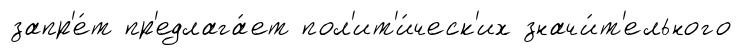
запр'е́т пр'едлага́ет пол'ит'и́ческ'их значи́т'ельного